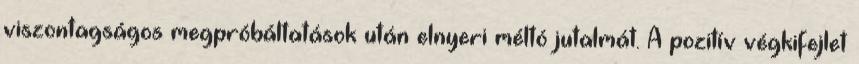
viszontagságos megpróbáltatások után elnyeri méltó jutalmát. A pozitív végkifejlet